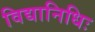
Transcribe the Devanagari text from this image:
विद्यानिधिः